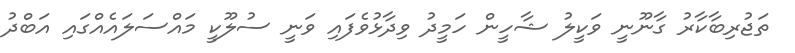
ތަޖުރިބާކާރު ގާނޫނީ ވަކީލު ޝާހީން ހަމީދު ވިދާޅުވެފައި ވަނީ ސުލޫކީ މައްސަލައެއްގައި އަބްދު